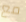
مع